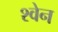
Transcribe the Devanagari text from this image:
श्वेन